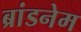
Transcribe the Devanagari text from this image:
ब्रांडनेम